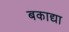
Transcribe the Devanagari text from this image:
बकाद्या